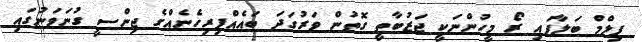
ފިލްމް ބަލާފައި ރޯ މީހުންނަކީ ޖަޒުބާތީ ގޮތުން ވަރުގަދަ ބައެއްފިރިހެނެއްގެ ޖިންސީ ގުނަވަނުގައި